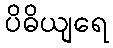
ပိဓိယျရေ